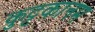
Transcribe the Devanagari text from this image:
कुट्टकानम